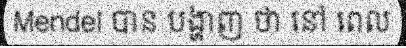
Mendel បាន បង្ហាញ ថា នៅ ពេល